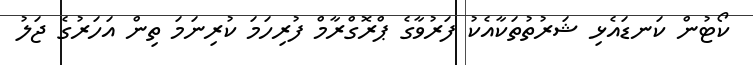
ކޯޓުން ކަނޑައެޅި ޝަރުތުތަކާއެކު ފަރުވާގެ ޕްރޮގްރާމް ފުރިހަމަ ކުރިނަމަ ތިން އަހަރުގެ ޖަލު